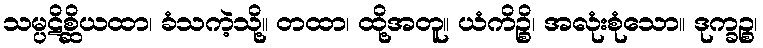
သမ္ပဋိစ္ဆိယထာ၊ ခံသကဲ့သို့။ တထာ၊ ထို့အတူ။ ယံကိဉ္စိ၊ အလုံးစုံသော။ ဒုက္ခဉ္စ၊